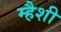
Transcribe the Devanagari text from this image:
म्हैशी